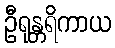
ဦရုန္တရိကာယ